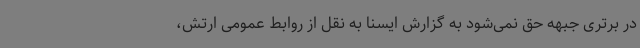
در برتری جبهه حق نمی‌شود به گزارش ایسنا به نقل از روابط عمومی ارتش،